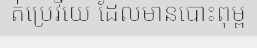
ត់ប្រេវីយេ ដែលមានបោះពុម្ព